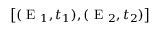
\bigl [ ( \textrm { E } _ { 1 } , t _ { 1 } ) , ( \textrm { E } _ { 2 } , t _ { 2 } ) \bigr ]